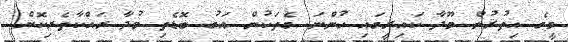
މީގެ އިތުރުން މޫދާ ކައިރީގައި ހުންނަ ގެތަކުން އަގު ބޮޑެތި މުދާ ރައްކާތެރިކޮށް